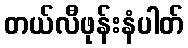
တယ်လီဖုန်းနံပါတ်